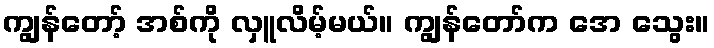
ကျွန်တော့် အစ်ကို လှူလိမ့်မယ်။ ကျွန်တော်က အေ သွေး။